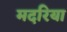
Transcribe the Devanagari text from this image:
मदरिया